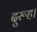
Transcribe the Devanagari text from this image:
दुरूह।